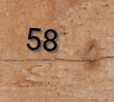
58